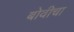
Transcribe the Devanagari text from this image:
बोवीचा